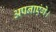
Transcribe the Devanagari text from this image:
अपनाएंगे।